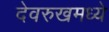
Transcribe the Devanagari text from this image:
देवरुखमध्ये